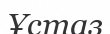
Ұстаз